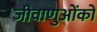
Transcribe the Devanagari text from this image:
जीवाणुओंको